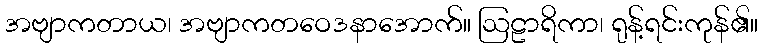
အဗျာကတာယ၊ အဗျာကတဝေဒနာအောက်။ ဩဠာရိကာ၊ ရုန့်ရင်းကုန်၏။